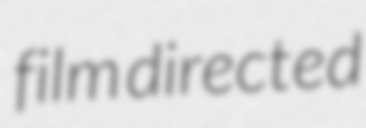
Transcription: film directed